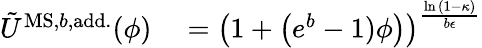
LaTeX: \begin{array}{rl}{\tilde{U}^{\mathrm{MS,}b\mathrm{,add.}}(\phi)}&{{}=\left(1+\left(e^{b}-1)\phi\right)\right)^{\frac{\ln{(1-\kappa)}}{b\epsilon}}}\end{array}